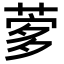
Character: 𦴌